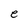
Character: e